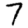
Digit: 7